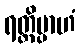
ရတ္တိမ္ပာဟံ